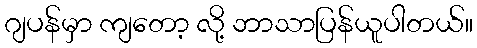
ဂျပန်မှာ ကျတော့ လို့ ဘာသာပြန်ယူပါတယ်။